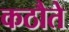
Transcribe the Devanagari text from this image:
कठौते